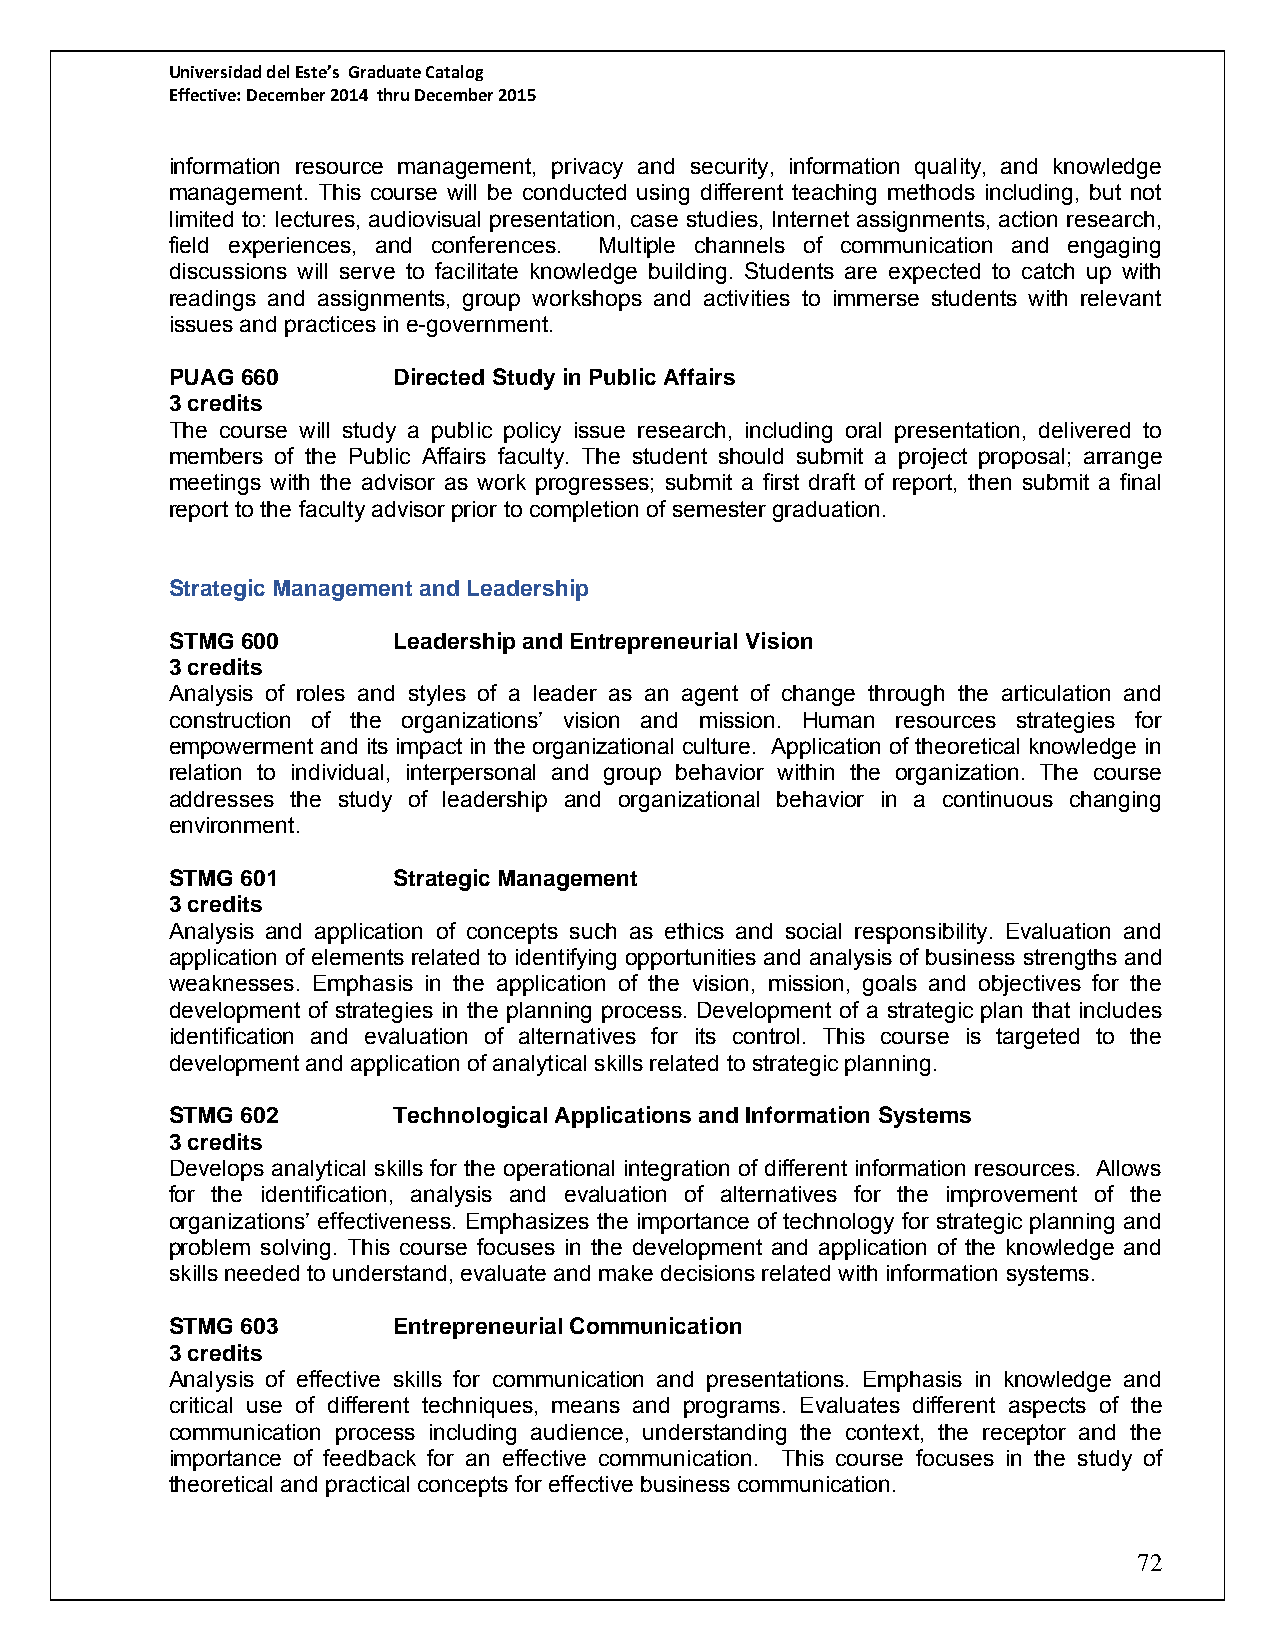
Universidad del Este’s Graduate Catalog
 Effective: December 2014 thru December 2015
 information resource management, privacy and security, information quality, and knowledge
 management. This course will be conducted using different teaching methods including, but not
 limited to: lectures, audiovisual presentation, case studies, Internet assignments, action research,
 field experiences, and conferences. Multiple channels of communication and engaging
 discussions will serve to facilitate knowledge building. Students are expected to catch up with
 readings and assignments, group workshops and activities to immerse students with relevant
 issues and practices in e-government.
 PUAG 660       Directed Study in Public Affairs
 3 credits
 The course will study a public policy issue research, including oral presentation, delivered to
 members of the Public Affairs faculty. The student should submit a project proposal; arrange
 meetings with the advisor as work progresses; submit a first draft of report, then submit a final
 report to the faculty advisor prior to completion of semester graduation.
 Strategic Management and Leadership
 STMG 600       Leadership and Entrepreneurial Vision
 3 credits
 Analysis of roles and styles of a leader as an agent of change through the articulation and
 construction of the organizations’ vision and mission. Human resources strategies for
 empowerment and its impact in the organizational culture. Application of theoretical knowledge in
 relation to individual, interpersonal and group behavior within the organization. The course
 addresses the study of leadership and organizational behavior in a continuous changing
 environment.
 STMG 601       Strategic Management
 3 credits
 Analysis and application of concepts such as ethics and social responsibility. Evaluation and
 application of elements related to identifying opportunities and analysis of business strengths and
 weaknesses. Emphasis in the application of the vision, mission, goals and objectives for the
 development of strategies in the planning process. Development of a strategic plan that includes
 identification and evaluation of alternatives for its control. This course is targeted to the
 development and application of analytical skills related to strategic planning.
 STMG 602       Technological Applications and Information Systems
 3 credits
 Develops analytical skills for the operational integration of different information resources. Allows
 for the identification, analysis and evaluation of alternatives for the improvement of the
 organizations’ effectiveness. Emphasizes the importance of technology for strategic planning and
 problem solving. This course focuses in the development and application of the knowledge and
 skills needed to understand, evaluate and make decisions related with information systems.
 STMG 603       Entrepreneurial Communication
 3 credits
 Analysis of effective skills for communication and presentations. Emphasis in knowledge and
 critical use of different techniques, means and programs. Evaluates different aspects of the
 communication process including audience, understanding the context, the receptor and the
 importance of feedback for an effective communication. This course focuses in the study of
 theoretical and practical concepts for effective business communication.
 72